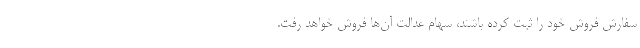
سفارش فروش خود را ثبت کرده باشند، سهام عدالت آن‌ها فروش خواهد رفت.